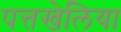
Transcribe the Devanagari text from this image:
पत्तखेलिया